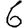
Digit: 6